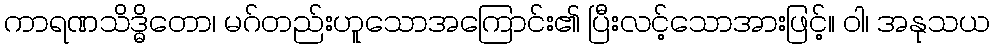
ကာရဏသိဒ္ဓိတော၊ မဂ်တည်းဟူသောအကြောင်း၏ ပြီးလင့်သောအားဖြင့်။ ဝါ၊ အနုသယ